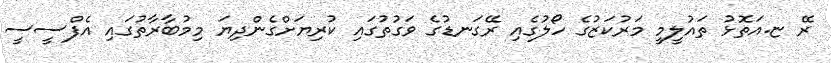
ރޭ ޏ.އަތޮޅު ތައުލީމީ މަރުކަޒުގެ ހޯލުގެއި ރޭގަނޑުގެ ވަގުތުގައި ކުރިޔަށްގެންދިޔަ މިމުބާރާތުގައި އެފްސީސީ